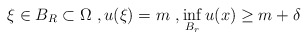
\begin{align*}\xi\in B_R\subset{\Omega}~,u(\xi)=m~,\inf_{B_{{r}}}u(x) \ge m+\delta\end{align*}